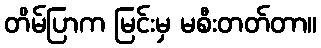
တိမ်ပြာက မြင်းမှ မစီးတတ်တာ။